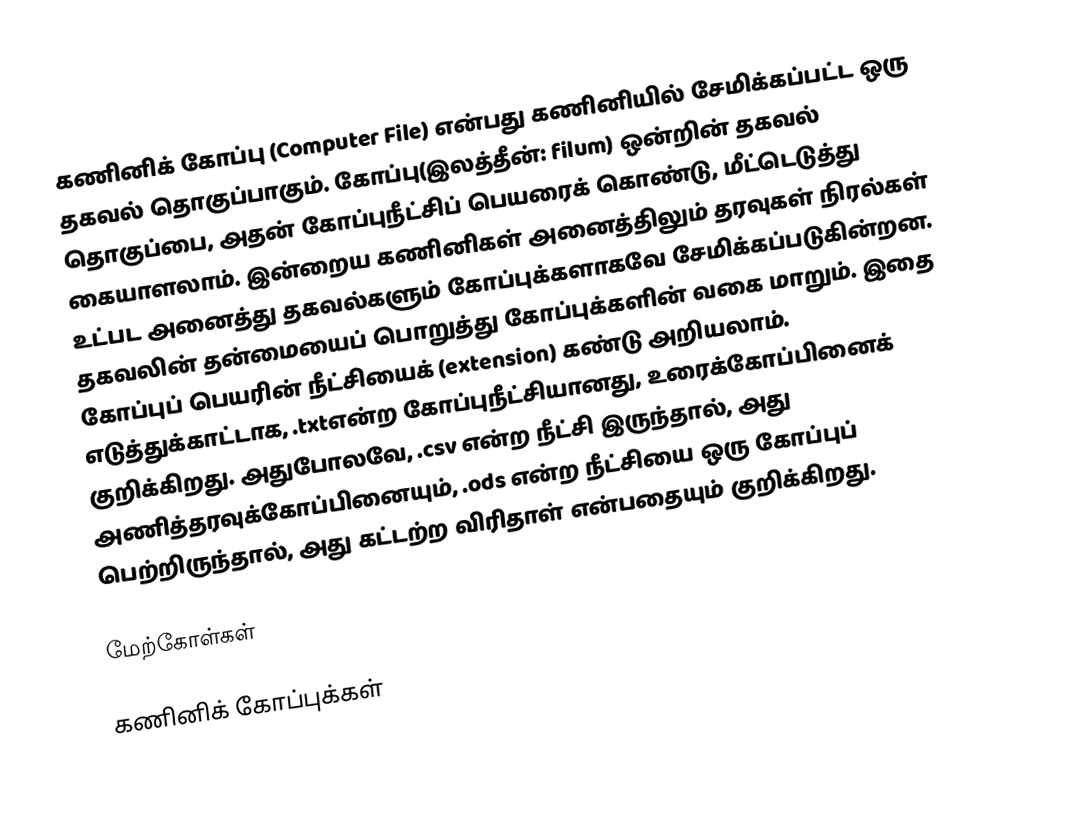
கணினிக் கோப்பு (Computer File) என்பது கணினியில் சேமிக்கப்பட்ட ஒரு தகவல் தொகுப்பாகும். கோப்பு(இலத்தீன்: filum) ஒன்றின்  தகவல் தொகுப்பை, அதன் கோப்புநீட்சிப் பெயரைக் கொண்டு, மீட்டெடுத்து கையாளலாம். இன்றைய கணினிகள் அனைத்திலும் தரவுகள் நிரல்கள் உட்பட அனைத்து தகவல்களும் கோப்புக்களாகவே சேமிக்கப்படுகின்றன. தகவலின் தன்மையைப் பொறுத்து கோப்புக்களின் வகை மாறும். இதை கோப்புப் பெயரின் நீட்சியைக் (extension) கண்டு அறியலாம். எடுத்துக்காட்டாக, .txtஎன்ற கோப்புநீட்சியானது, உரைக்கோப்பினைக் குறிக்கிறது. அதுபோலவே, .csv என்ற நீட்சி இருந்தால், அது அணித்தரவுக்கோப்பினையும், .ods என்ற நீட்சியை ஒரு கோப்புப் பெற்றிருந்தால், அது கட்டற்ற விரிதாள்  என்பதையும் குறிக்கிறது.

மேற்கோள்கள்

கணினிக் கோப்புக்கள்